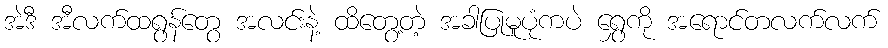
အဲဒီ အီလက်ထရွန်တွေ အလင်းနဲ့ ထိတွေ့တဲ့ အခါပြုမူပုံကပဲ ရွှေကို အရောင်တလက်လက်